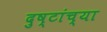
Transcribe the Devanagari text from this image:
दुष्टांच्या